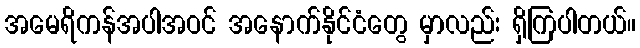
အမေရိကန်အပါအဝင် အနောက်နိုင်ငံတွေ မှာလည်း ရှိကြပါတယ်။